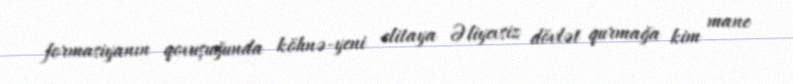
formasiyanın qovuşuğunda köhnə-yeni elitaya Əliyevsiz dövlət qurmağa kim mane